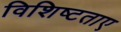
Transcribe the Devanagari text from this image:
विशिष्टताए